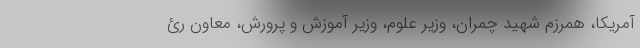
آمریکا، همرزم شهید چمران، وزیر علوم، وزیر آموزش و پرورش، معاون رئ